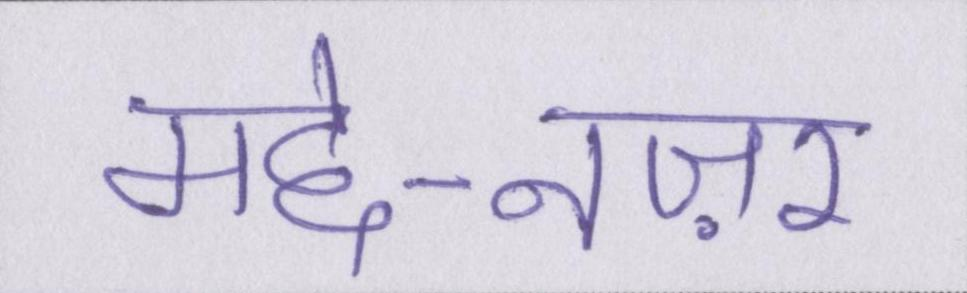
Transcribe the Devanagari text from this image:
मद्दे-नज़र